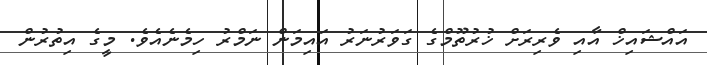
އައްޝައިޚް އާއި ވެރިރަށް ޚުރުތޫމްގެ ގަވަރުނަރު އައިމަން ނަމްރު ހިމެނެއެވެ. މީގެ އިތުރުން